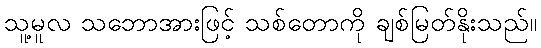
သူ့မူလ သဘောအားဖြင့် သစ်တောကို ချစ်မြတ်နိုးသည်။